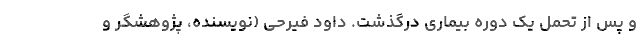
و پس از تحمل یک دوره بیماری درگذشت. داود فیرحی (نویسنده، پژوهشگر و